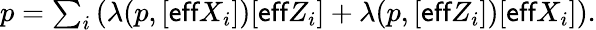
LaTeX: \begin{array}{r}{p=\sum_{i}\left(\lambda(p,[\textsf{eff}X_{i}])[\textsf{eff}Z_{i}]+\lambda(p,[\textsf{eff}Z_{i}])[\textsf{eff}X_{i}]\right).}\end{array}